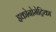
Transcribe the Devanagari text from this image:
इकोनोमेट्रिका